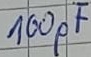
Text: 100pF